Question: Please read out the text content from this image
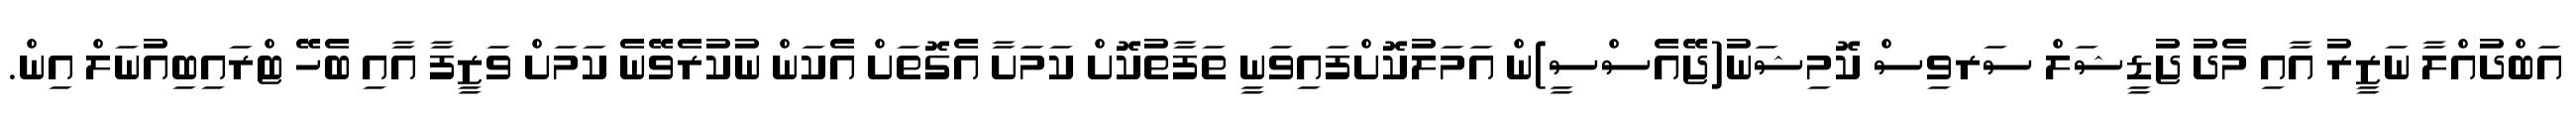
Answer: އަބްދުއްލާ ނަޒީރު އާއި މެދު ޖުޑީޝަލް ސަރވިސް ކޮމިޝަނު(ޖޭއެސްސީ)ން އަމަލުކޮށްފައިވަނީ ތަފާތުކޮށް ކަމަށާ އެގޮތަށް އެކަން ނުކުރެވޭނެ ކަމަށް ވަޒީފާ އާއި ބެހޭ ޓްރައިބިއުނަލް އިން.